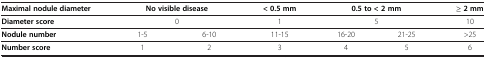
| Maximal nodule diameter | <COLSPAN=2> No visible disease | < 0.5 mm | <COLSPAN=2> 0.5 to < 2 mm | ≥ 2 mm |
 | --- | --- | --- | --- | --- | --- | --- |
 | Diameter score | <COLSPAN=2> 0 | 1 | <COLSPAN=2> 5 | 10 |
 | Nodule number | 1-5 | 6-10 | 11-15 | 16-20 | 21-25 | >25 |
 | Number score | 1 | 2 | 3 | 4 | 5 | 6 |